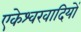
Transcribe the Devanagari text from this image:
एकेश्वरवादियों